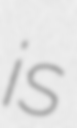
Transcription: is